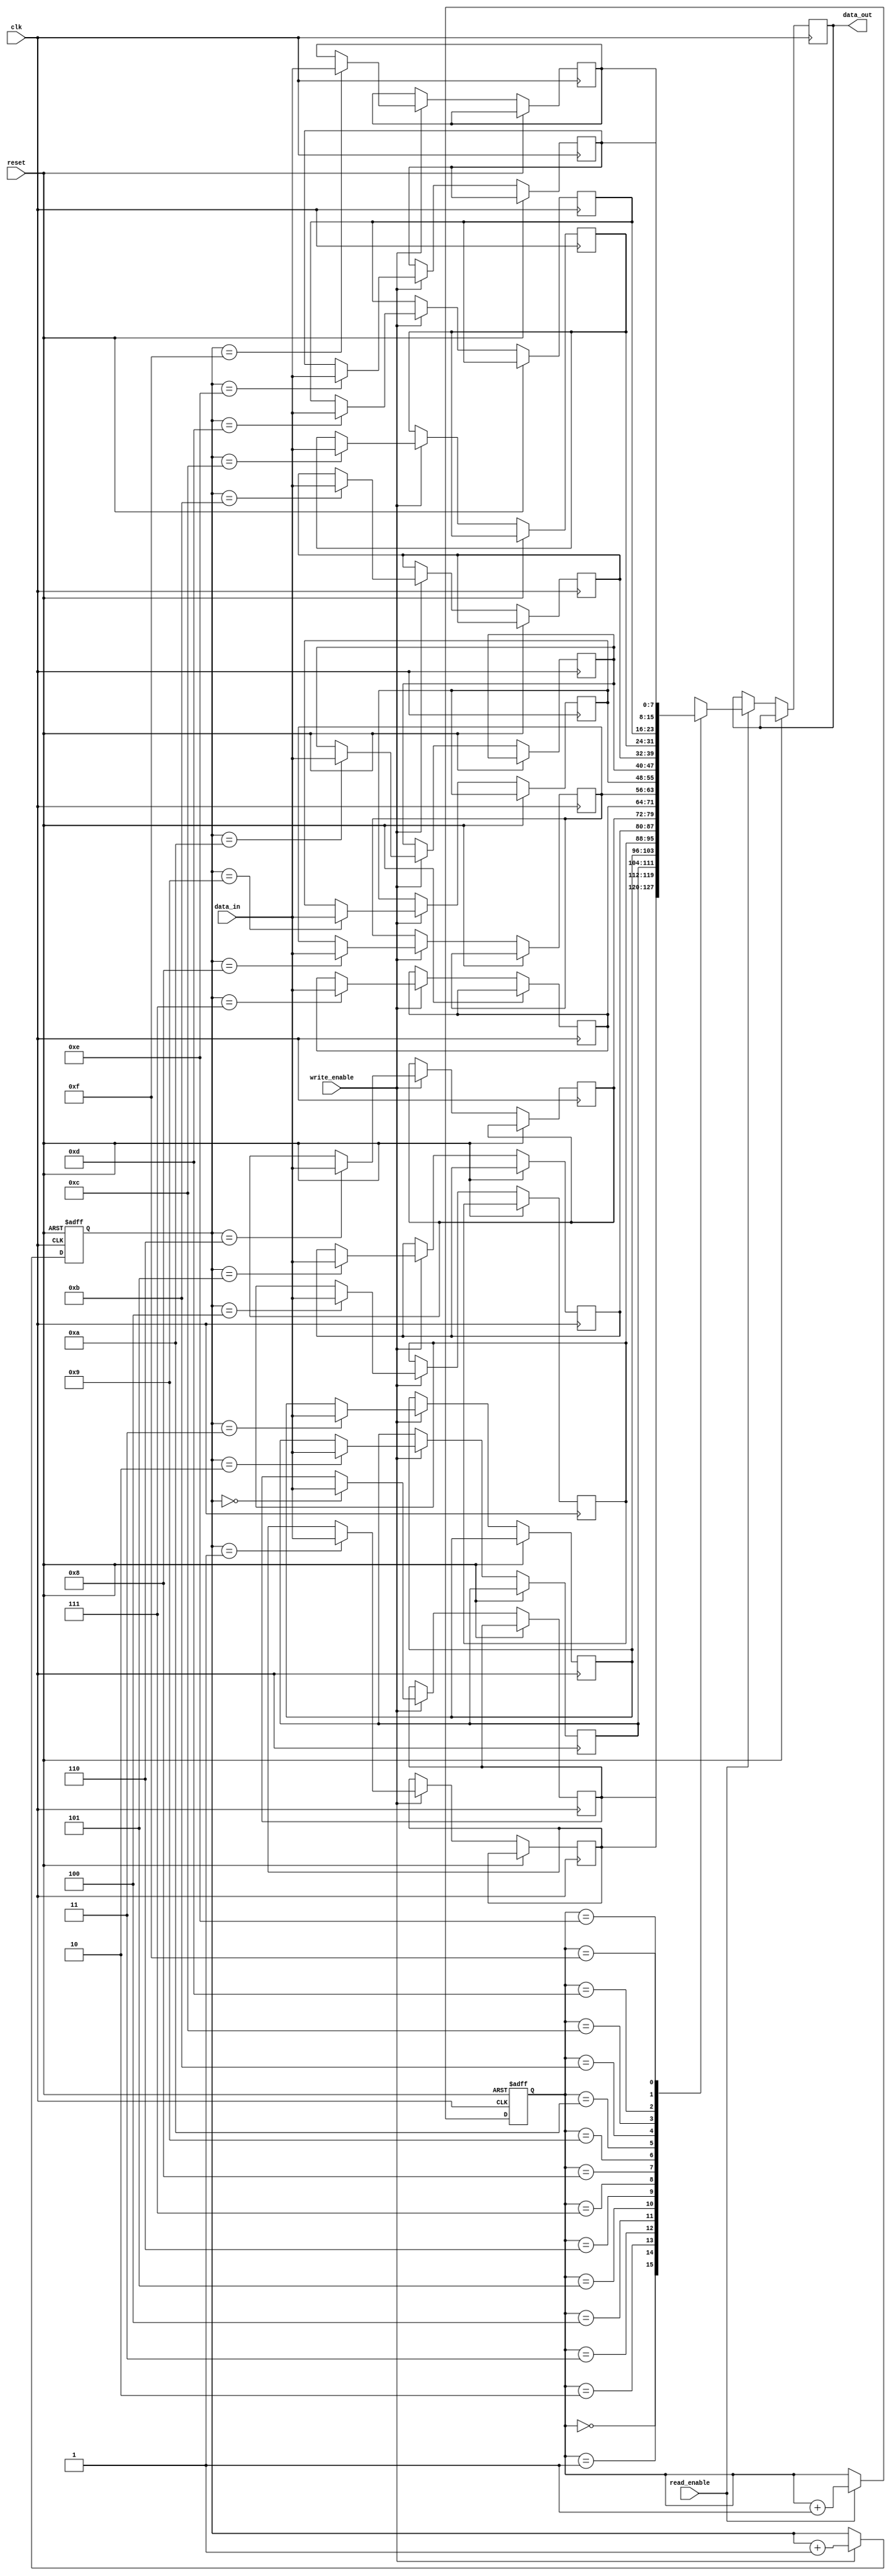
module fifo (
  input clk,
  input reset,
  input write_enable,
  input read_enable,
  input [7:0] data_in,
  output reg [7:0] data_out,
);

parameter DEPTH = 16; // Depth of the FIFO
parameter WIDTH = 8; // Width of the data in the FIFO

reg [7:0] memory [0:DEPTH-1];
reg [3:0] write_ptr;
reg [3:0] read_ptr;

always @(posedge clk or posedge reset) begin
  if (reset) begin
    write_ptr <= 4'b0000;
    read_ptr <= 4'b0000;
  end else begin
    if (write_enable) begin
      memory[write_ptr] <= data_in;
      write_ptr <= write_ptr + 1;
    end
    if (read_enable) begin
      data_out <= memory[read_ptr];
      read_ptr <= read_ptr + 1;
    end
  end
end

endmodule